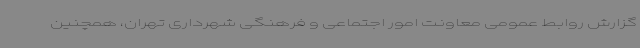
گزارش روابط عمومی معاونت امور اجتماعی و فرهنگی شهرداری تهران، همچنین